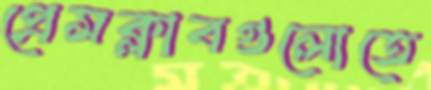
প্রেসক্লাবগুলোতে